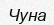
Чуна